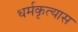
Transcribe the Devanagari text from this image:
धर्मकृत्यास